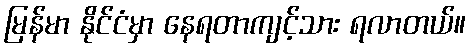
မြန်မာ နိုင်ငံမှာ နေရတာကျင့်သား ရလာတယ်။